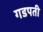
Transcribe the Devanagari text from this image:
गडपती